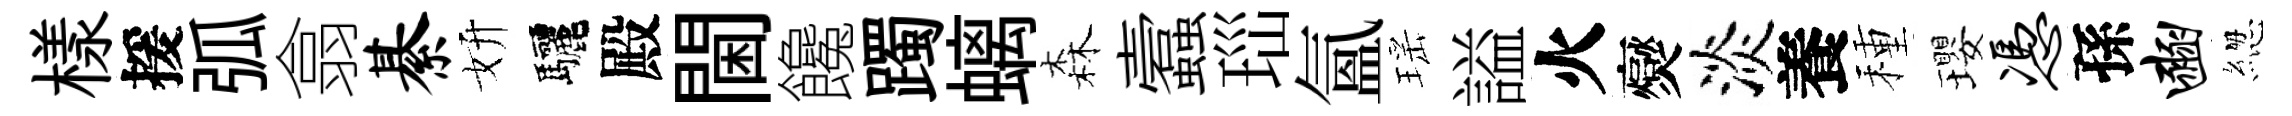
樣援弧翕綦妍驅殿閫饞躅螭森蠧𤤼氲瑶謚火爕淡養種瓔凭孫豳緫